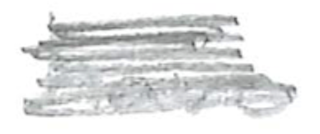
Text: have
Cross-out: scratch
Writing tool: pencil